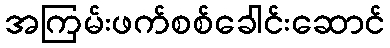
အကြမ်းဖက်စစ်ခေါင်းဆောင်